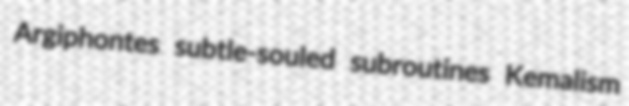
Argiphontes subtle-souled subroutines Kemalism